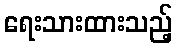
ရေးသားထားသည့်